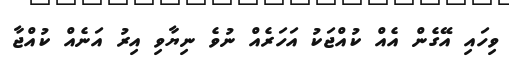
ވިހައި އޭގެން އެއް ކުއްޖަކު އަހަރެއް ނުވެ ނިޔާވި އިރު އަނެއް ކުއްޖާ